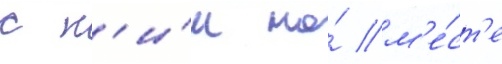
с н'и́м на́ м'е́ст'е